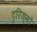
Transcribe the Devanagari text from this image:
टुरिज्मो